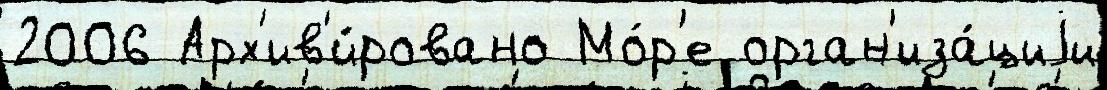
2006 Арх'ив'и́ровано Мо́р'е орган'иза́циjи